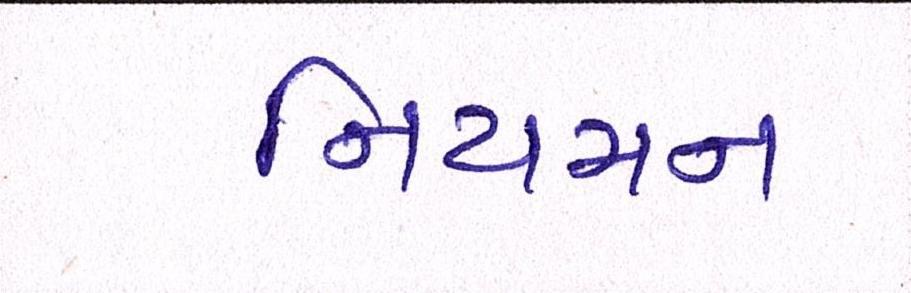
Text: નિયમન